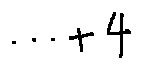
\cdots + 4